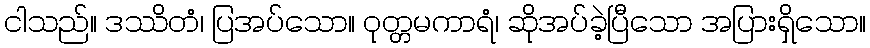
ငါသည်။ ဒဿိတံ၊ ပြအပ်သော။ ဝုတ္တမကာရံ၊ ဆိုအပ်ခဲ့ပြီသော အပြားရှိသော။